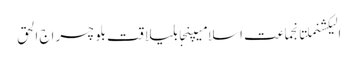
الیکشنملتانجماعت اسلامیپنجابلیاقت بلوچسراج الحق